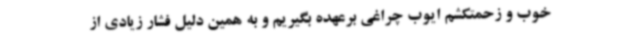
خوب و زحمتکشم ایوب چراغی برعهده بگیریم و به همین دلیل فشار زیادی از